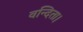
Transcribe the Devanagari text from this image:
वन्दिता।